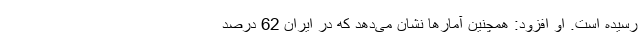
رسیده است. او افزود: همچنین آمارها نشان می‌دهد که در ایران 62 درصد